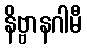
နိဗ္ဗာနဂါမီ